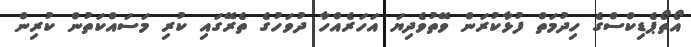
އޯތޯޕެޑިކްސްގެ ހިދުމަތް ފުޅާކުރަން ވޭތުވެދިޔަ އަހަރެއްހާ ދުވަހުގެ ތެރޭގައި ކުރި މަސައްކަތުން ކުރިން